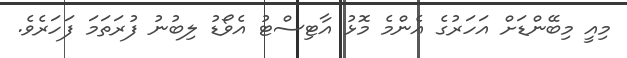
މިއީ މިބޭންޑަށް އަހަރުގެ އެންމެ މޮޅު އާޓިސްޓު އެވޯޑު ލިބުނު ފުރަތަމަ ފަހަރެވެ.